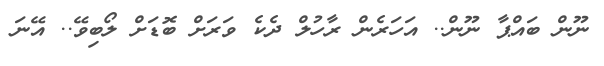
ނޫން ބައްޕާ ނޫން.. އަހަރެން ރާހުލް ދެކެ ވަރަށް ބޮޑަށް ލޯބިވޭ.. އޭނަ